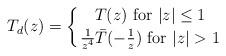
LaTeX: \begin{align*}T_d(z) = \left\{ {T(z) \ {\rm for} \ \vert z \vert \leq 1 }\atop { {1 \over { z^4} } \bar T(-{1 \over z}) \ {\rm for} \ \vert z\vert >1 }\right. \ \end{align*}